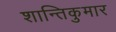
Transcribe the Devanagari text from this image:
शान्तिकुमार